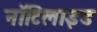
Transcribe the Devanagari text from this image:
नॉटिलाइड